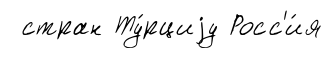
стран Ту́рциjу Росс'и́я